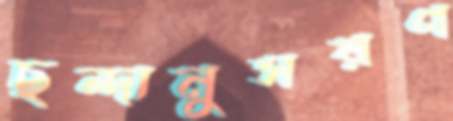
ছন্দানুসরণ